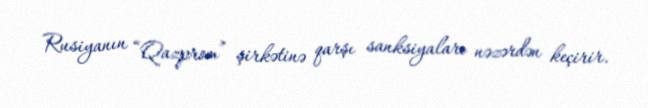
Rusiyanın “Qazprom” şirkətinə qarşı sanksiyaları nəzərdən keçirir.